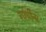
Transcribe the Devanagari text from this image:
गांघींना